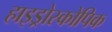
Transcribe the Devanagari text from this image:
हाइड्रोस्कोपिक